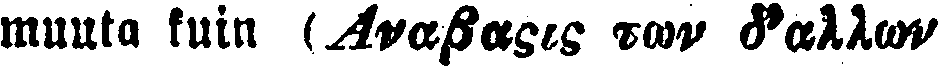
muuta kuin (Αναβαςις των δ'αλλων